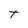
Character: t